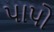
પાપો